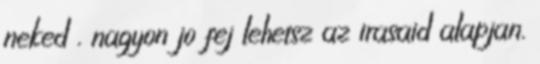
neked . nagyon jo fej lehetsz az irasaid alapjan.